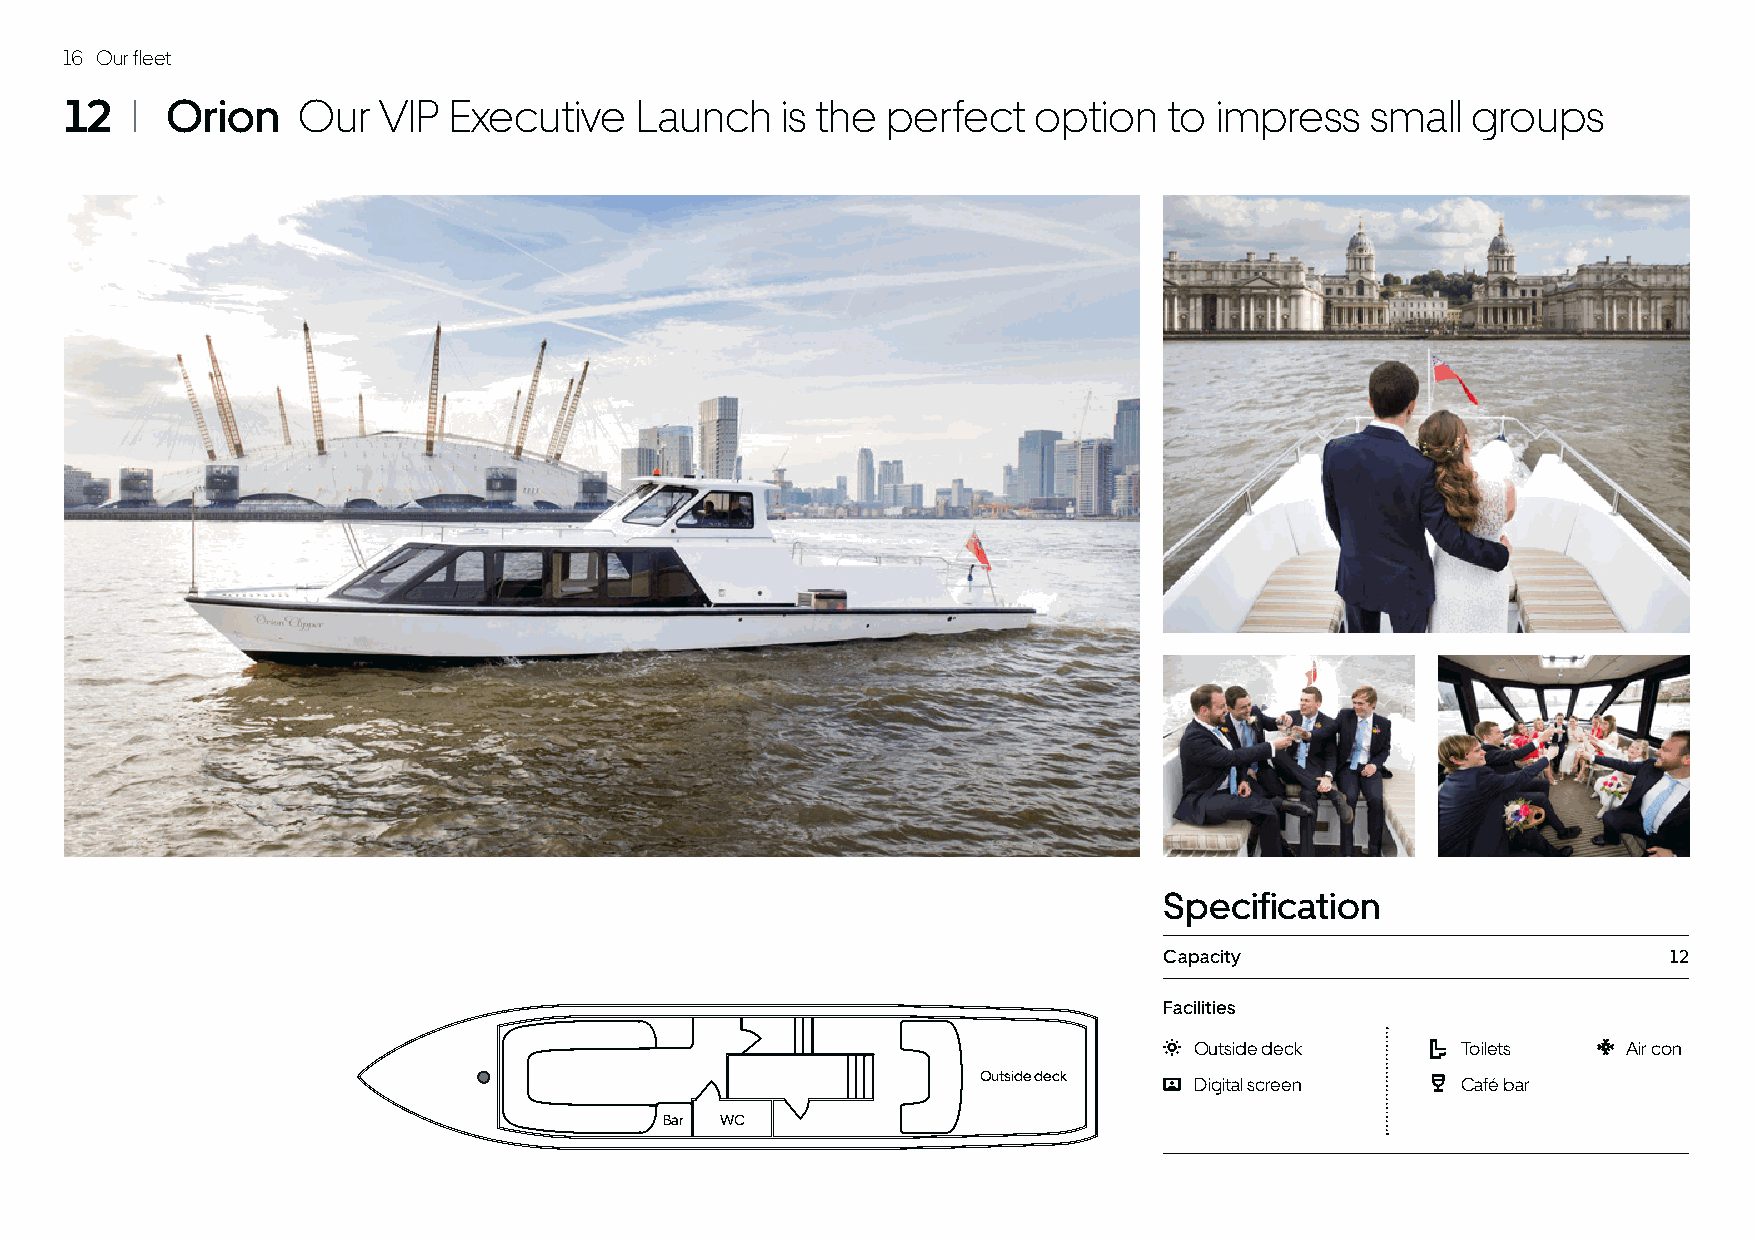
16 Our fleet
 12   I Orion    Our  VIP  Executive   Launch    is the perfect   option  to impress    small groups
 Specification
 Capacity                          12
 Facilities
 Outside deck      Toilets    Air con
 Outside deck  Digital screen    Café bar
 Bar WC